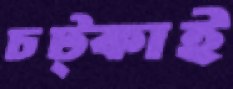
চট্‌কাই